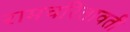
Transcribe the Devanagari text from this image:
रामचरितावती